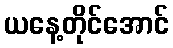
ယနေ့တိုင်အောင်